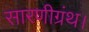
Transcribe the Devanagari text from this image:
सारणीग्रंथ।